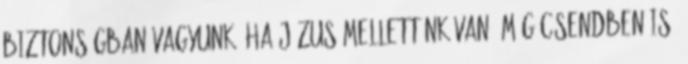
biztonságban vagyunk, ha Jézus mellettünk van. Még csendben is.